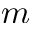
m